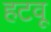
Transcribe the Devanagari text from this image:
हटवू